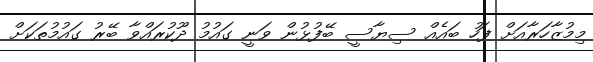
މިމުޒާހަރާއަށް ފަހު ބައެއް ސިޔާސީ ބޭފުޅުން ވަނީ ގައުމު ދޫކުރައްވާ ބޭރު ގައުމުތަކަށް